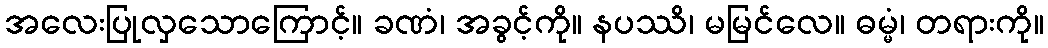
အလေးပြုလှသောကြောင့်။ ခဏံ၊ အခွင့်ကို။ နပဿိ၊ မမြင်လေ။ ဓမ္မံ၊ တရားကို။